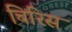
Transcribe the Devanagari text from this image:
चिरिस